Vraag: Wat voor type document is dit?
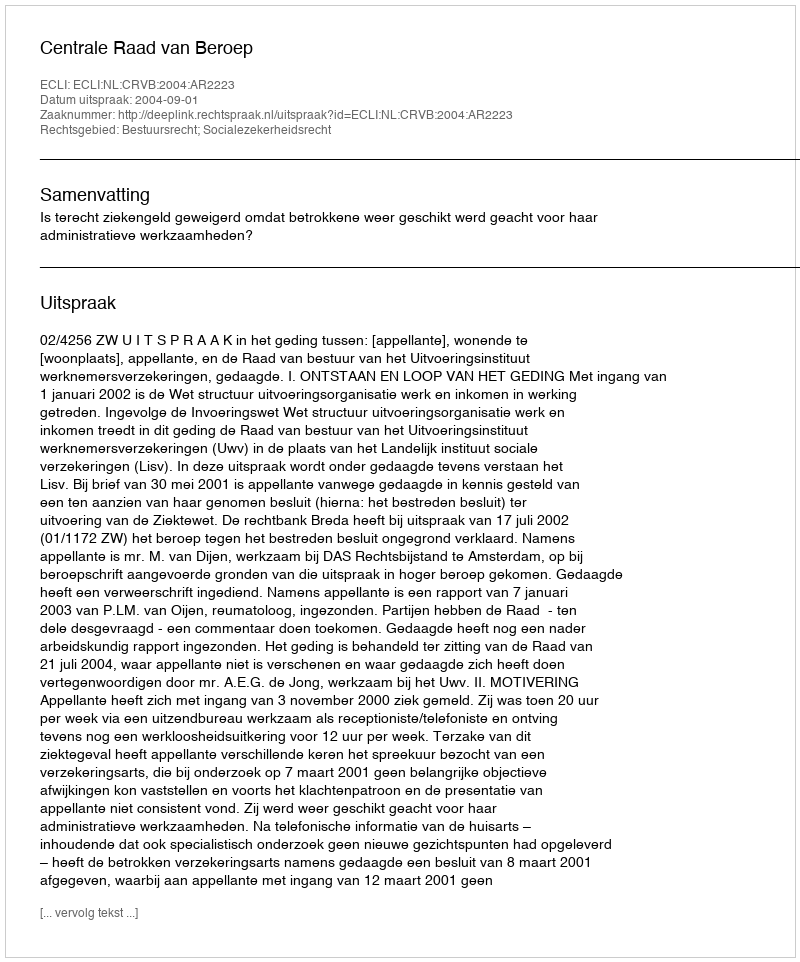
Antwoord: Uitspraak